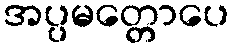
အပ္ပမတ္တောပေ